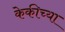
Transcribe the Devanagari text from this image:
केकीच्या